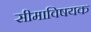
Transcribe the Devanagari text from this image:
सीमाविषयक